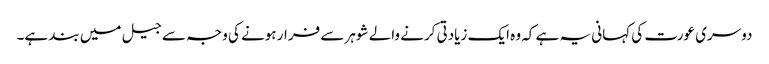
دوسری عورت کی کہانی یہ ہے کہ وہ ایک زیادتی کرنے والے شوہر سے فرار ہونے کی وجہ سے جیل میں بند ہے۔